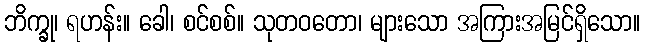
ဘိက္ခု၊ ရဟန်း။ ခေါ၊ စင်စစ်။ သုတဝတော၊ များသော အကြားအမြင်ရှိသော။